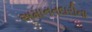
અમાનતદારીના